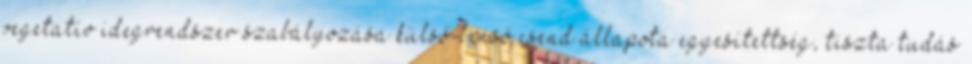
vegetatív idegrendszer szabályozása külső-benső csend állapota egyesítettség, tiszta tudás